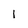
Character: 1